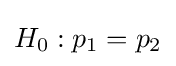
H_{0}:p_{1}=p_{2}